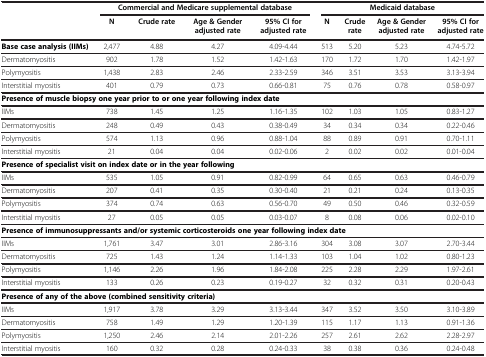
<table><thead><tr><td><b> </b></td><td colspan="4"><b>Commercial and Medicare supplemental database</b></td><td colspan="4"><b>Medicaid database</b></td></tr><tr><td><b> </b></td><td><b>N</b></td><td><b>Crude rate</b></td><td><b>Age &amp; Gender adjusted rate</b></td><td><b>95% CI for adjusted rate</b></td><td><b>N</b></td><td><b>Crude rate</b></td><td><b>Age &amp; Gender adjusted rate</b></td><td><b>95% CI for adjusted rate</b></td></tr></thead><tbody><tr><td><b>Base case analysis (IIMs)</b></td><td>2,477</td><td>4.88</td><td>4.27</td><td>4.09-4.44</td><td>513</td><td>5.20</td><td>5.23</td><td>4.74-5.72</td></tr><tr><td>Dermatomyositis</td><td>902</td><td>1.78</td><td>1.52</td><td>1.42-1.63</td><td>170</td><td>1.72</td><td>1.70</td><td>1.42-1.97</td></tr><tr><td>Polymyositis</td><td>1,438</td><td>2.83</td><td>2.46</td><td>2.33-2.59</td><td>346</td><td>3.51</td><td>3.53</td><td>3.13-3.94</td></tr><tr><td>Interstitial myositis</td><td>401</td><td>0.79</td><td>0.73</td><td>0.66-0.81</td><td>75</td><td>0.76</td><td>0.78</td><td>0.58-0.97</td></tr><tr><td colspan="9"><b>Presence of muscle biopsy one year prior to or one year following index date</b></td></tr><tr><td>IIMs</td><td>738</td><td>1.45</td><td>1.25</td><td>1.16-1.35</td><td>102</td><td>1.03</td><td>1.05</td><td>0.83-1.27</td></tr><tr><td>Dermatomyositis</td><td>248</td><td>0.49</td><td>0.43</td><td>0.38-0.49</td><td>34</td><td>0.34</td><td>0.34</td><td>0.22-0.46</td></tr><tr><td>Polymyositis</td><td>574</td><td>1.13</td><td>0.96</td><td>0.88-1.04</td><td>88</td><td>0.89</td><td>0.91</td><td>0.70-1.11</td></tr><tr><td>Interstitial myositis</td><td>21</td><td>0.04</td><td>0.04</td><td>0.02-0.06</td><td>2</td><td>0.02</td><td>0.02</td><td>0.01-0.04</td></tr><tr><td colspan="9"><b>Presence of specialist visit on index date or in the year following</b></td></tr><tr><td>IIMs</td><td>535</td><td>1.05</td><td>0.91</td><td>0.82-0.99</td><td>64</td><td>0.65</td><td>0.63</td><td>0.46-0.79</td></tr><tr><td>Dermatomyositis</td><td>207</td><td>0.41</td><td>0.35</td><td>0.30-0.40</td><td>21</td><td>0.21</td><td>0.24</td><td>0.13-0.35</td></tr><tr><td>Polymyositis</td><td>374</td><td>0.74</td><td>0.63</td><td>0.56-0.70</td><td>49</td><td>0.50</td><td>0.46</td><td>0.32-0.59</td></tr><tr><td>Interstitial myositis</td><td>27</td><td>0.05</td><td>0.05</td><td>0.03-0.07</td><td>8</td><td>0.08</td><td>0.06</td><td>0.02-0.10</td></tr><tr><td colspan="9"><b>Presence of immunosuppressants and/or systemic corticosteroids one year following index date</b></td></tr><tr><td>IIMs</td><td>1,761</td><td>3.47</td><td>3.01</td><td>2.86-3.16</td><td>304</td><td>3.08</td><td>3.07</td><td>2.70-3.44</td></tr><tr><td>Dermatomyositis</td><td>725</td><td>1.43</td><td>1.24</td><td>1.14-1.33</td><td>103</td><td>1.04</td><td>1.02</td><td>0.80-1.23</td></tr><tr><td>Polymyositis</td><td>1,146</td><td>2.26</td><td>1.96</td><td>1.84-2.08</td><td>225</td><td>2.28</td><td>2.29</td><td>1.97-2.61</td></tr><tr><td>Interstitial myositis</td><td>133</td><td>0.26</td><td>0.23</td><td>0.19-0.27</td><td>32</td><td>0.32</td><td>0.31</td><td>0.20-0.43</td></tr><tr><td colspan="9"><b>Presence of any of the above (combined sensitivity criteria)</b></td></tr><tr><td>IIMs</td><td>1,917</td><td>3.78</td><td>3.29</td><td>3.13-3.44</td><td>347</td><td>3.52</td><td>3.50</td><td>3.10-3.89</td></tr><tr><td>Dermatomyositis</td><td>758</td><td>1.49</td><td>1.29</td><td>1.20-1.39</td><td>115</td><td>1.17</td><td>1.13</td><td>0.91-1.36</td></tr><tr><td>Polymyositis</td><td>1,250</td><td>2.46</td><td>2.14</td><td>2.01-2.26</td><td>257</td><td>2.61</td><td>2.62</td><td>2.28-2.97</td></tr><tr><td>Interstitial myositis</td><td>160</td><td>0.32</td><td>0.28</td><td>0.24-0.33</td><td>38</td><td>0.38</td><td>0.36</td><td>0.24-0.48</td></tr></tbody></table>